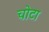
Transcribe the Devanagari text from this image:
चोटा